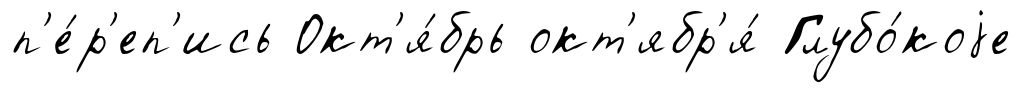
п'е́р'еп'ись Окт'я́брь окт'ябр'я́ Глубо́коjе